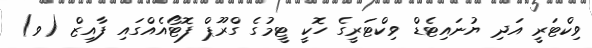
ވިކްޓަރީ އަދި ޔުނައިޓެޑް ވިކްޓަރީގެ ހޮކީ ޓީމުގެ ގްރޫޕް ފޮޓޯއެއްގައި ފާއިޒް (ވ)